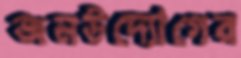
জনউদ্যোগের